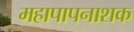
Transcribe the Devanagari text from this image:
महापापनाशक